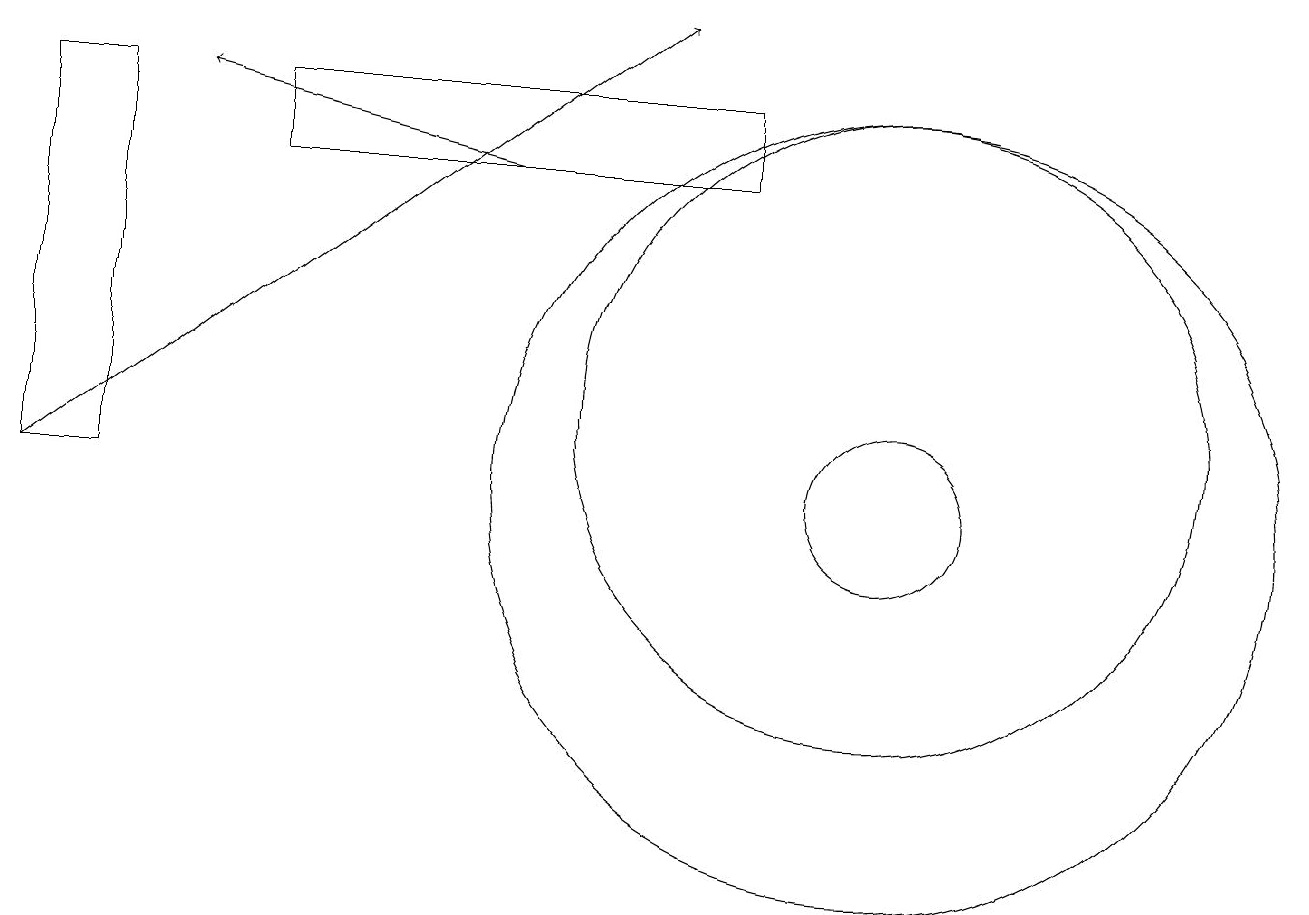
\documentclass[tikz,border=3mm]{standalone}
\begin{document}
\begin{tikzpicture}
\draw (0,16) rectangle (1,11);
\draw[->] (6,15) -- (2,16);
\draw (10,10) circle (0);
\draw[->] (0,11) -- (8,17);
\draw (11,11) circle (1);
\draw (11,11) circle (5);
\draw (3,16) rectangle (9,15);
\draw (11,12) circle (4);
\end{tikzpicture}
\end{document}